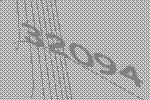
32094